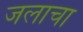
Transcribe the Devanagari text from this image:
जलाचा